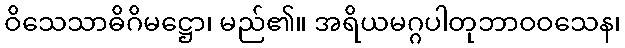
ဝိသေသာဓိဂိမဋ္ဌော၊ မည်၏။ အရိယမဂ္ဂပါတုဘာဝဝသေန၊